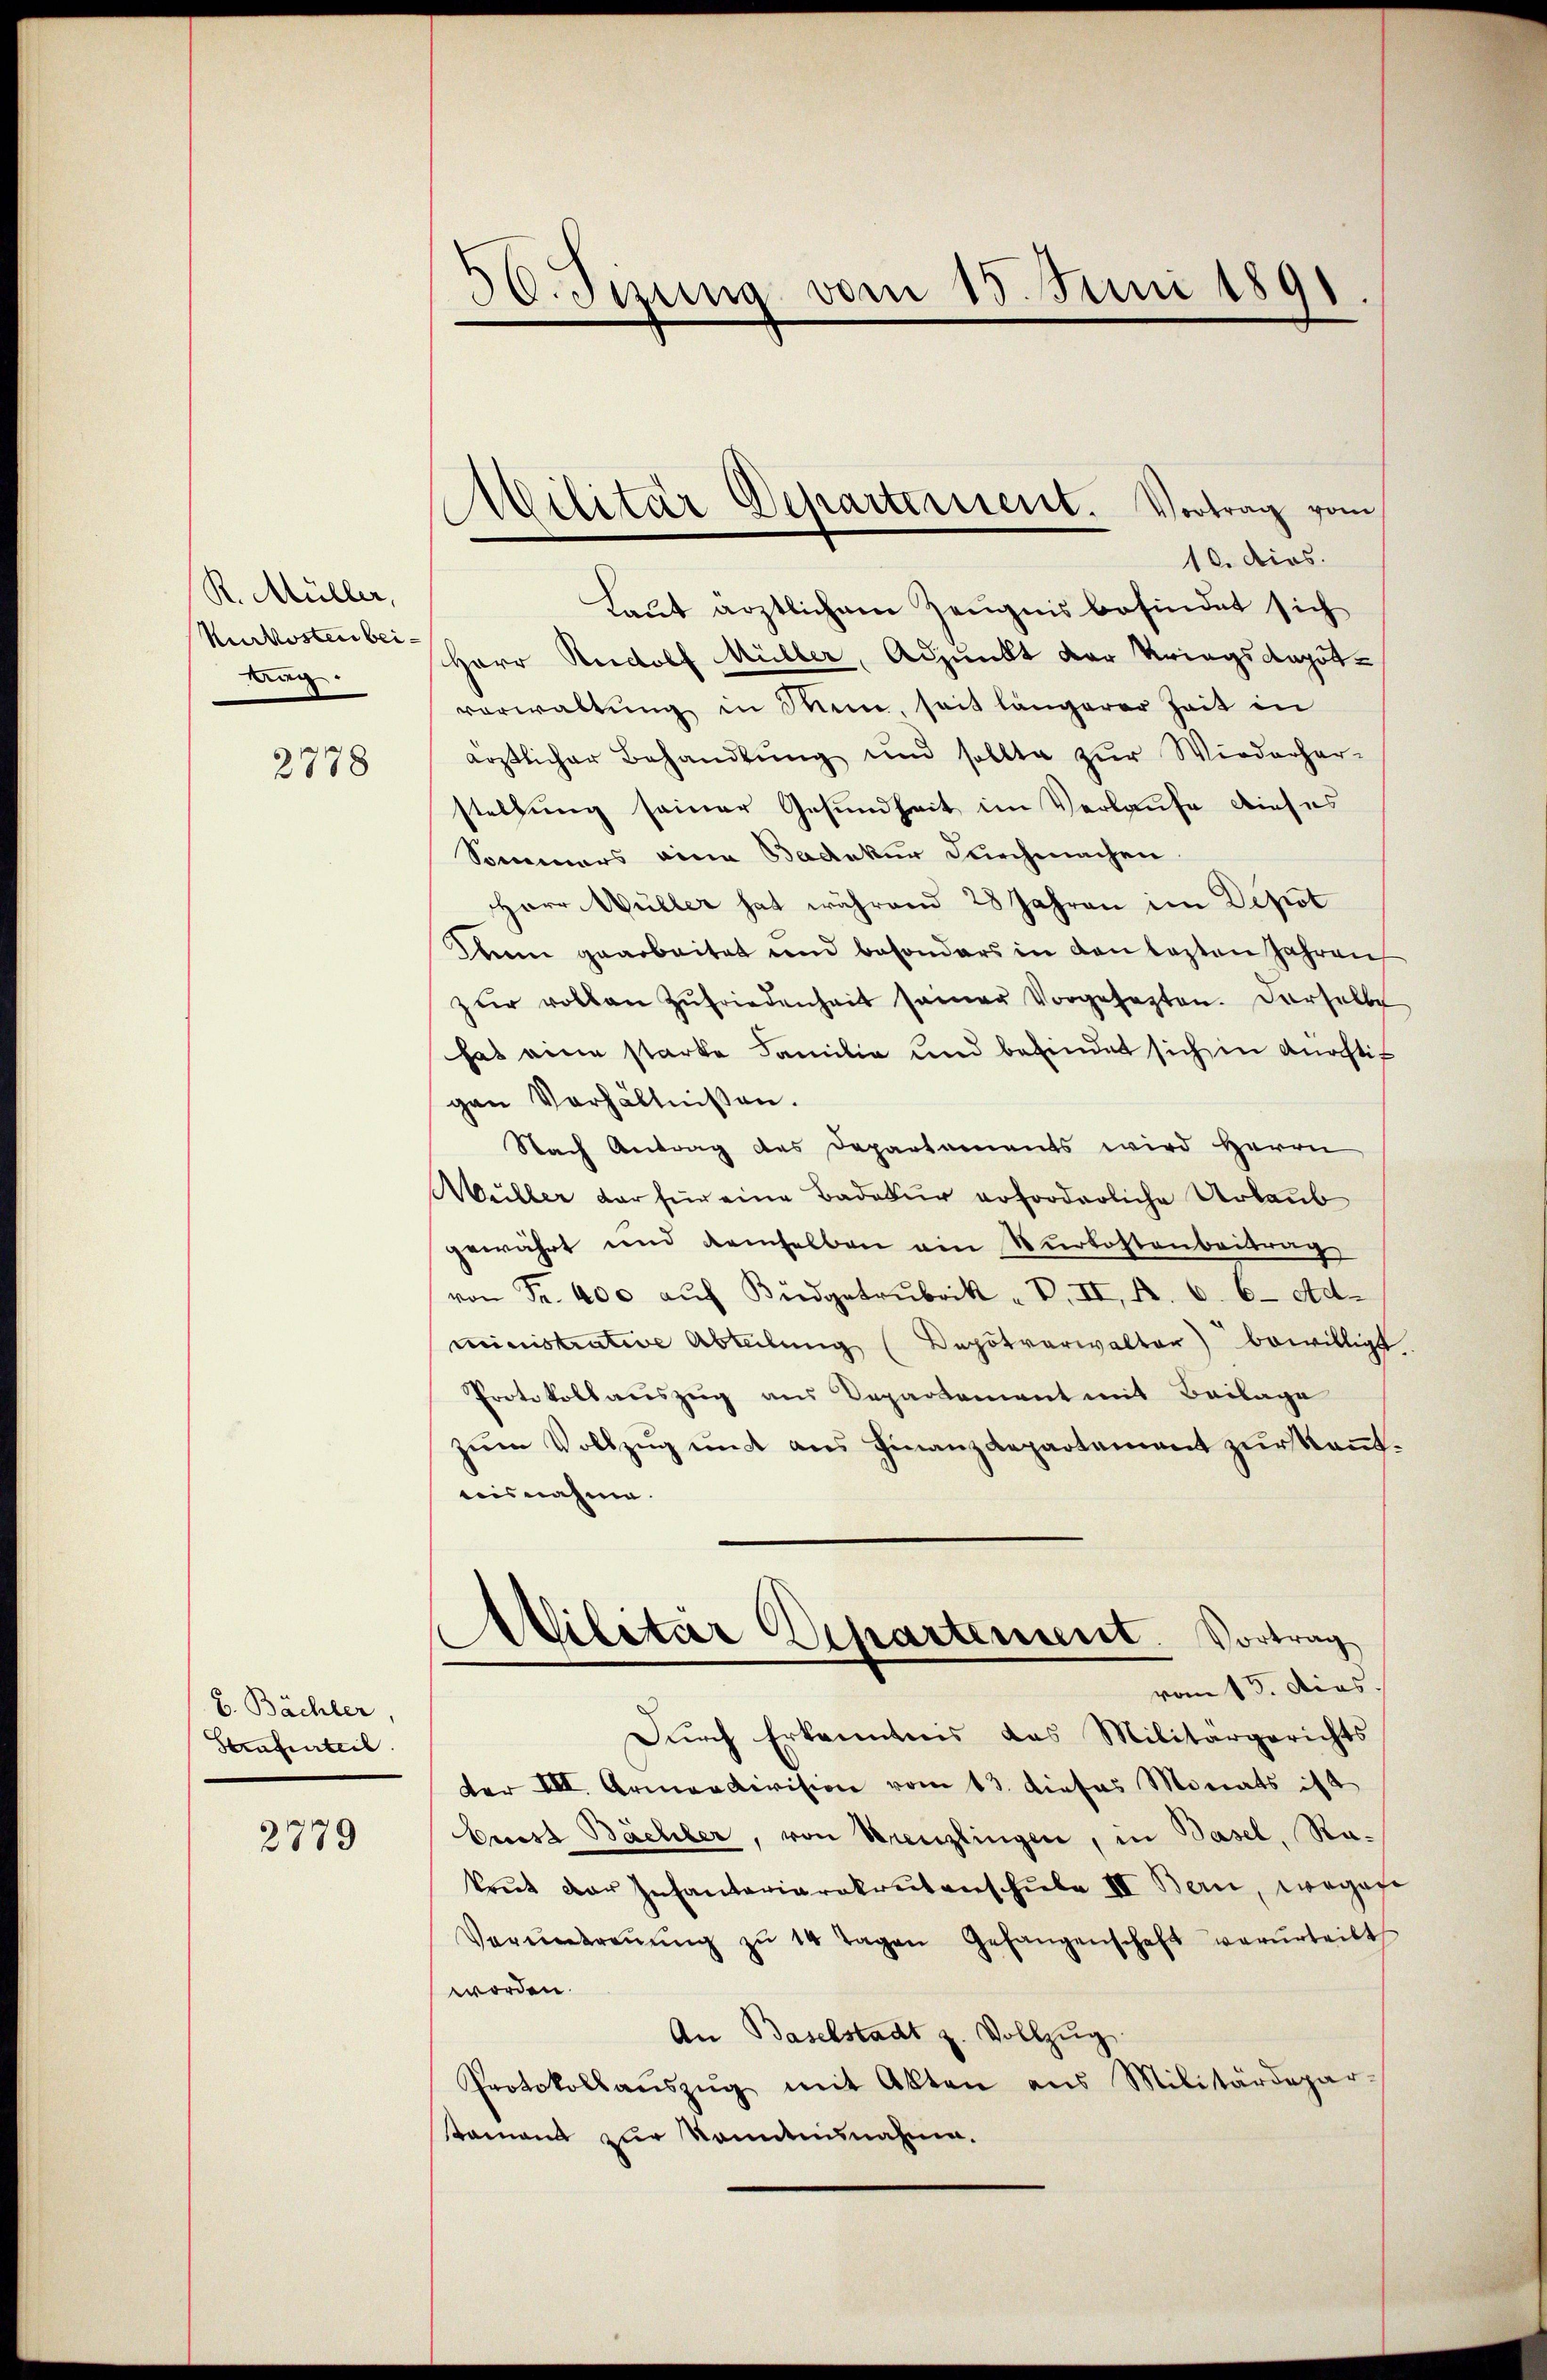
R. Müller,
Kurkosten bei-
dug.
2378

b. Bächler
Strafurteil

2779

30. Sizung vom 15. Juni 1891

Militär Departement. Vortrag vom
10. dies.

Laut ärztlichem Zeugnis befindet sich
Herr Rudolf Müller, Adjunkt der Kriegsdapot-
vorwaltung in Mein seit längerer Zeit in
ärztlicher Behandlŭng und sollte zŭr Wiederher-
stellung seiner Gesundheit im Verlaufe dieses
Sommers eine Badakur Durchmachen
Herr Wüller hat während 28 Jahren im Depot
Dann gearbeitet und besonders in den lasten Jahren
zŭr voton Zŭfriedenheit seiner Vorgesagten. Derselbe
hat eine starke Familie und befindet sich in Anastis
gen Verhältnissen.
Nach Antrag des Departements wird Herrn
Müller der für eine Badetur erforderliche Urlaub
gewährt und demselben ein Nurkostenbeitrag
von Fr. 400 aŭf Büdgetrubrik „VII. A. v. 6. Ad.
ministrative Abteilung (Depotverwalter) bewilligt
Protokollauszeig aus Departement mit Beilage
zŭm Vollzŭg ŭm ans Finanzdepartement zur Kennteisnahme.
Militar Departement. Vortrag
vom 13. dies.
Durch Erkenntnis das Militärgerichts
der III. Armendivision vom 13. dieses Monats ist
bues Bächler, von Kreuzlingen, in Basel, Rakrut der Infantariarekrutenschule II. Bern, vorgese
Voruntreṅŭng zŭ 14 Tagen Gefangenschaft verurteilt
worden.
An Baselstadt z. Vollzŭg
Protokollaŭszŭg mit Akten aus Militärdepar-
stament zur konntnisnahme.